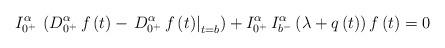
LaTeX: \begin{align*}I_{{0^ + }}^\alpha \,\left( {D_{{0^ + }}^\alpha \,f\left( t \right) - {{\left. {D_{{0^ + }}^\alpha \,f\left( t \right)} \right|}_{t = b}}} \right) + I_{{0^ + }}^\alpha \,I_{{b^ - }}^\alpha \left(\lambda + q \left(t\right) \right)f\left( t \right) = 0\end{align*}